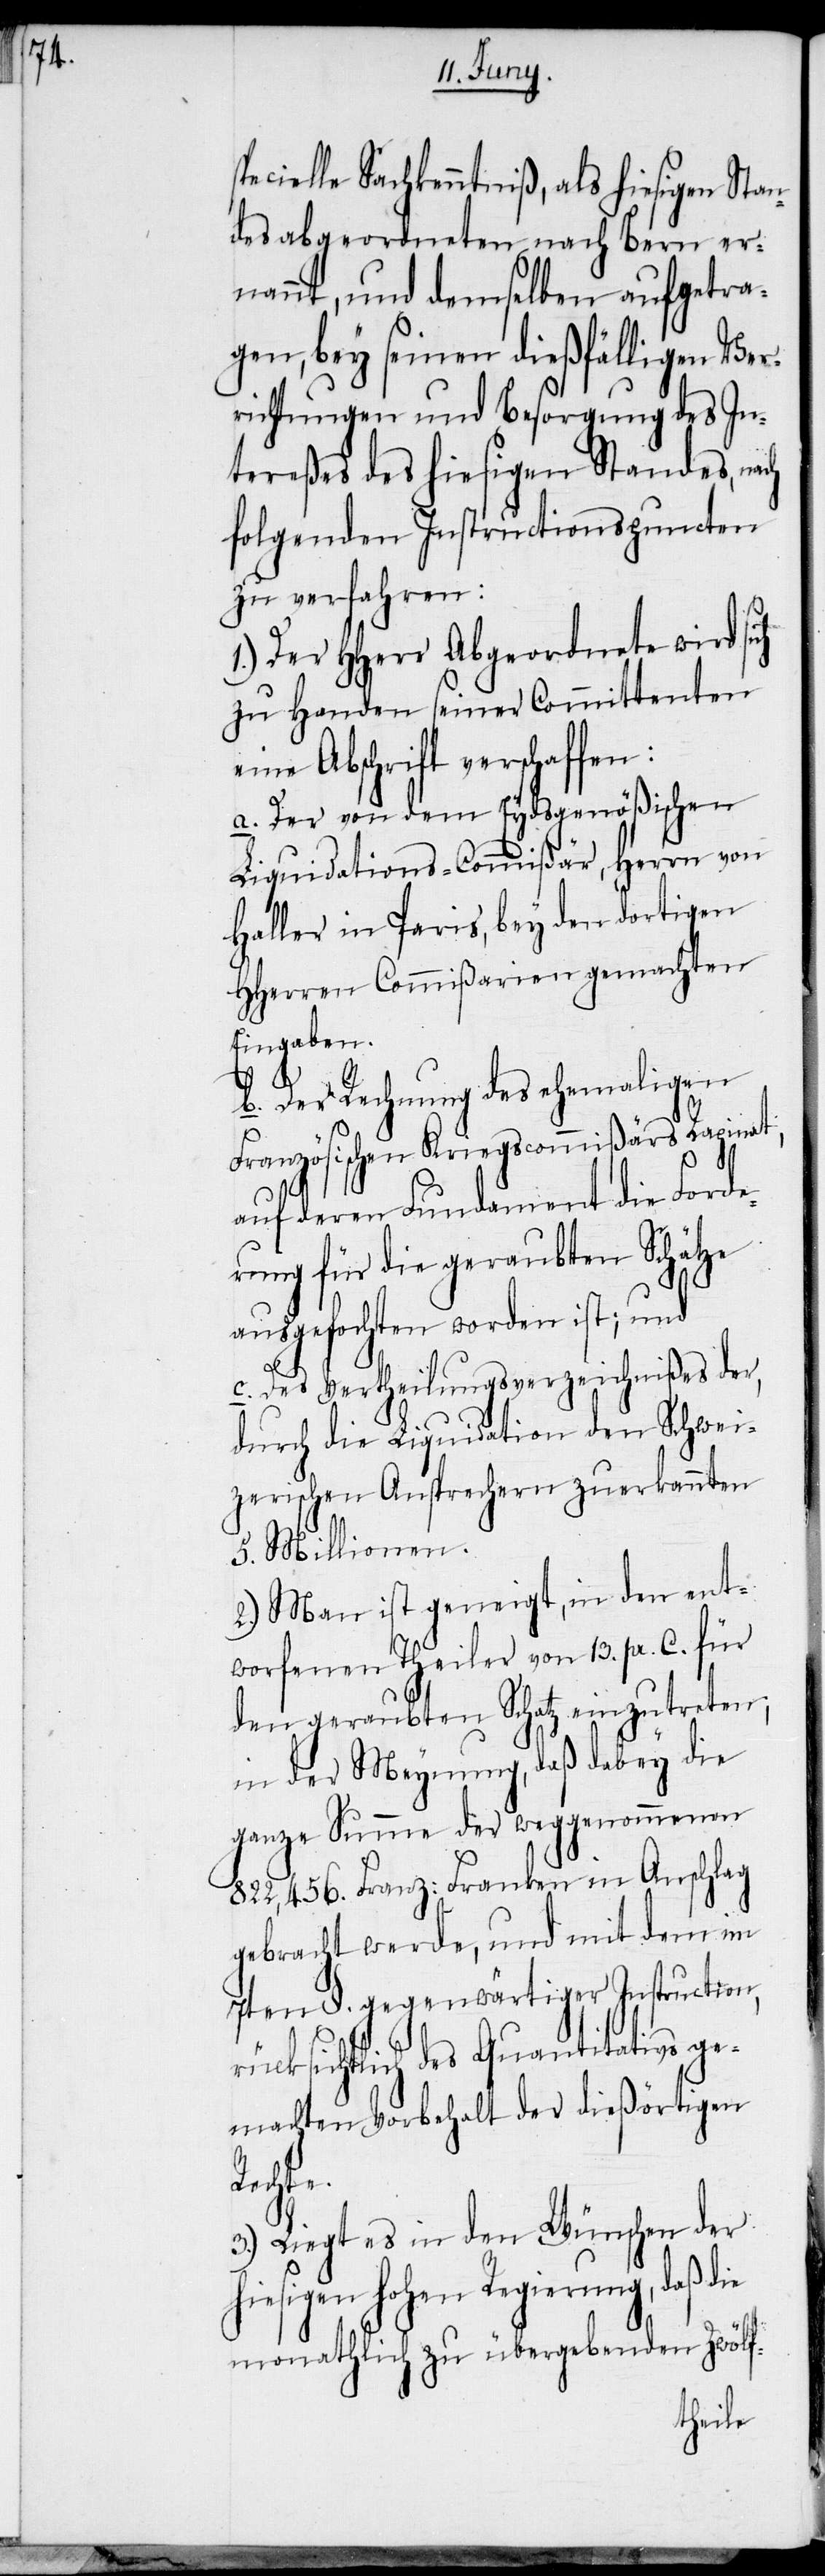
sp¬

ecielle Sachkenntniß, als hiesigen Stan¬
desabgeordneten nach Bern er¬
nannt, und demselben aufgetra¬
gen, bey seinen dießfälligen Ver¬
richtungen und Besorgung des In¬
tereßes des hiesigen Standes, nach
folgenden Instructionspuncten
zu verfahren:
Der HHerr Abgeordnete wird sich
zu Handen seiner Committenten
eine Abschrift verschaffen:
a. Der von dem Eydsgenößischen
Liquidations-Commißär, Herrn von
Haller in Paris, bey den dortigen
HHerren Commißarien gemachten
Eingaben.
b. Der Rechnung des ehemaligen
Französischen Kriegscommißärs Rapinat,
auf deren Fundament die Forde¬
rung für die geraubten Schätze
ausgefochten worden ist; und
c. Des Vertheilungsverzeichnißes der,
durch die Liquidation den Schwei¬
zerischen Ansprechern zuerkannten
5. Millionen.
2.) Man ist geneigt, in den ent¬
worfenen Theiler von 13. pr. C. für
den geraubten Schatz einzutreten;
in der Meynung, daß dabey die
ganze Summe der weggenommenen
822,456. Franz: Franken in Anschlag
gebracht werde, und mit dem im
7ten §. gegenwärtiger Instruction,
rücksichtlich des Quantitativs ge¬
machten Vorbehalt der dießörtigen
Rechte.
3.) Liegt es in den Wünschen der
hiesigen hohen Regierung, daß die
monathlich zu übergebenden Zwölf-